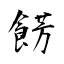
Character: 餝